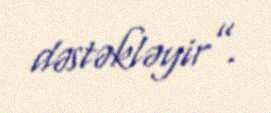
dəstəkləyir”.